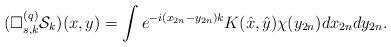
LaTeX: \begin{align*} (\Box^{(q)}_{s,k}\mathcal{S}_{k})(x,y)=\int e^{-i(x_{2n}-y_{2n})k}K(\hat x,\hat y)\chi(y_{2n})dx_{2n}dy_{2n}.\end{align*}